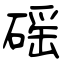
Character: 磘